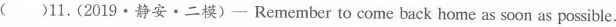
( )11.(2019·静安·二摸) - Remember to come back home as soon as possible.